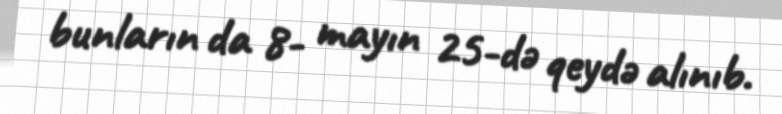
bunların da 8- mayın 25-də qeydə alınıb.